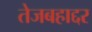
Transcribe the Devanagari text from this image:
तेजबहाद्दर